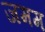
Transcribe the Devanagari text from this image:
जमम